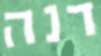
דנה